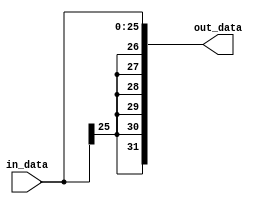
module sign_extender_26x32(in_data,out_data);
  
  input wire [25:0] in_data;
  output wire [31:0] out_data;
  
  assign out_data={{6{in_data[25]}},in_data};
  
endmodule